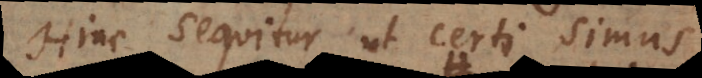
Hinc sequitur ut certi simus